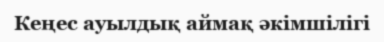
Кеңес ауылдық аймақ әкімшілігі